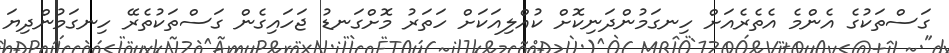
ގަސްތަކުގެ އެންމެ އެތެރެއަށް ހިނގަމުންދަނިކޮށް ކުއްލިއަކަށް ހަތަރު މޮށްގަނޑު ޖަހައިގެން ގަސްތަކުތެރޭ ހިނގަމުންދިޔަ